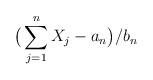
LaTeX: \begin{align*}\big( \sum_{j = 1}^n X_j - a_n \big)/b_n\end{align*}